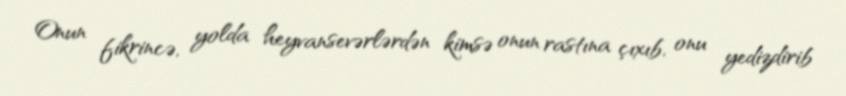
Onun fikrincə, yolda heyvansevərlərdən kimsə onun rastına çıxıb, onu yedizdirib